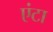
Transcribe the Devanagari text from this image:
एंटा